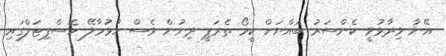
އޭނާ ވިދާޅުވީ ކެންސަރު ބައްޔަށް ކީމޯ ތެރަޕީ ދިނުން ވެސް ހުޅުމާލޭ ހޮސްޕިޓަލްގައި